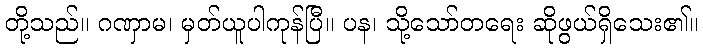
တို့သည်။ ဂဏှာမ၊ မှတ်ယူပါကုန်ပြီ။ ပန၊ သို့သော်တရေး ဆိုဖွယ်ရှိသေး၏။